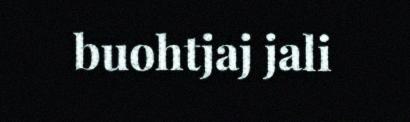
buohtjaj jali